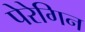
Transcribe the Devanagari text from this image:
पेरेगिन